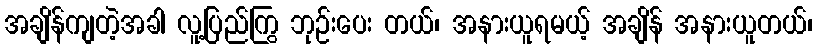
အချိန်ကျတဲ့အခါ လူ့ပြည်ကြွ ဘုဉ်းပေး တယ်၊ အနားယူရမယ့် အချိန် အနားယူတယ်၊